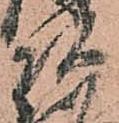
頭